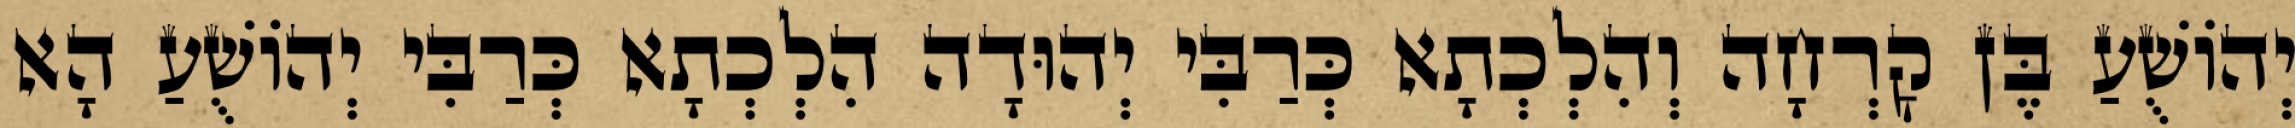
יְהוֹשֻׁעַ בֶּן קׇרְחָה וְהִלְכְתָא כְּרַבִּי יְהוּדָה הִלְכְתָא כְּרַבִּי יְהוֹשֻׁעַ הָא